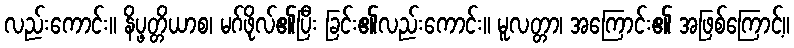
လည်းကောင်း။ နိပ္ဖတ္တိယာစ၊ မဂ်ဖိုလ်၏ပြီး ခြင်း၏လည်းကောင်း။ မူလတ္တာ၊ အကြောင်း၏ အဖြစ်ကြောင့်။